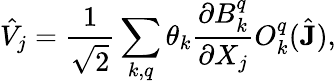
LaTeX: \hat{V}_{j}=\frac{1}{\sqrt{2}}\sum_{k,q}\theta_{k}\frac{\partial B_{k}^{q}}{\partial X_{j}}O_{k}^{q}(\hat{\mathbf{J}}),